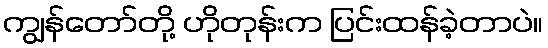
ကျွန်တော်တို့ ဟိုတုန်းက ပြင်းထန်ခဲ့တာပဲ။